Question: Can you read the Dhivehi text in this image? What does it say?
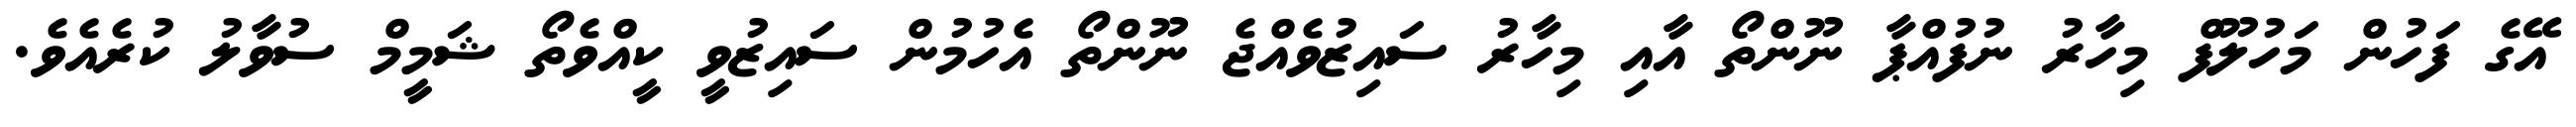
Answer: އޭގެ ފަހުން މަހުލޫފް މިހާރު ނުފުއްޕާ ނޫންތޯ އާއި މިހާރު ސައިޒުވެއްޖެ ނޫންތޯ އެހުމުން ސައިޒުވީ ކީއްވެތޯ ޝަމީމް ސުވާލު ކުރެއެވެ.